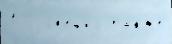
1 Г сп'ешил та́кже